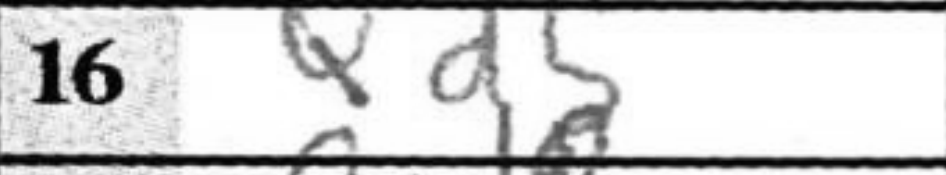
Transcription: Qd5